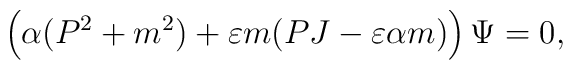
\left(\alpha(P^{2}+m^{2})+\varepsilon m(PJ-\varepsilon \alpha m)\right)\Psi=0,